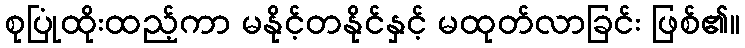
စုပြုံထိုးထည့်ကာ မနိုင့်တနိုင်နှင့် မထုတ်လာခြင်း ဖြစ်၏။